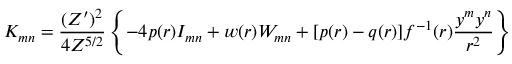
K _ { m n } = \frac { ( Z ^ { \prime } ) ^ { 2 } } { 4 Z ^ { 5 / 2 } } \left\{ - 4 p ( r ) I _ { m n } + w ( r ) W _ { m n } + [ p ( r ) - q ( r ) ] f ^ { - 1 } ( r ) \frac { y ^ { m } y ^ { n } } { r ^ { 2 } } \right\}